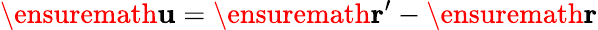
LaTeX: \ensuremath{\mathbf{u}}=\ensuremath{\mathbf{r}}^{\prime}-\ensuremath{\mathbf{r}}